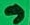
Text: 9